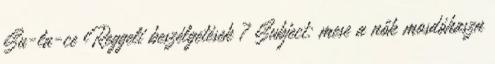
Su-la-ce Reggeli beszélgetések 7 Subject: mese a nők mosdóhaszn